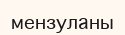
мензуланы